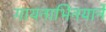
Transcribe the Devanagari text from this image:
गायनाभिनयाने